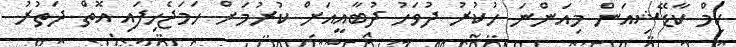
ކިމް ކާޑޭޝިއަން މިއަންނަ ހުކުރު ދުވަހު ދުބާއީއަށް ކުރުމަށް ހަމަޖެހިފައި އޮތް ދަތުރު